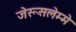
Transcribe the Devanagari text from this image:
जेरूसलेम्मे